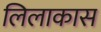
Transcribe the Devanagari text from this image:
लिलाकास